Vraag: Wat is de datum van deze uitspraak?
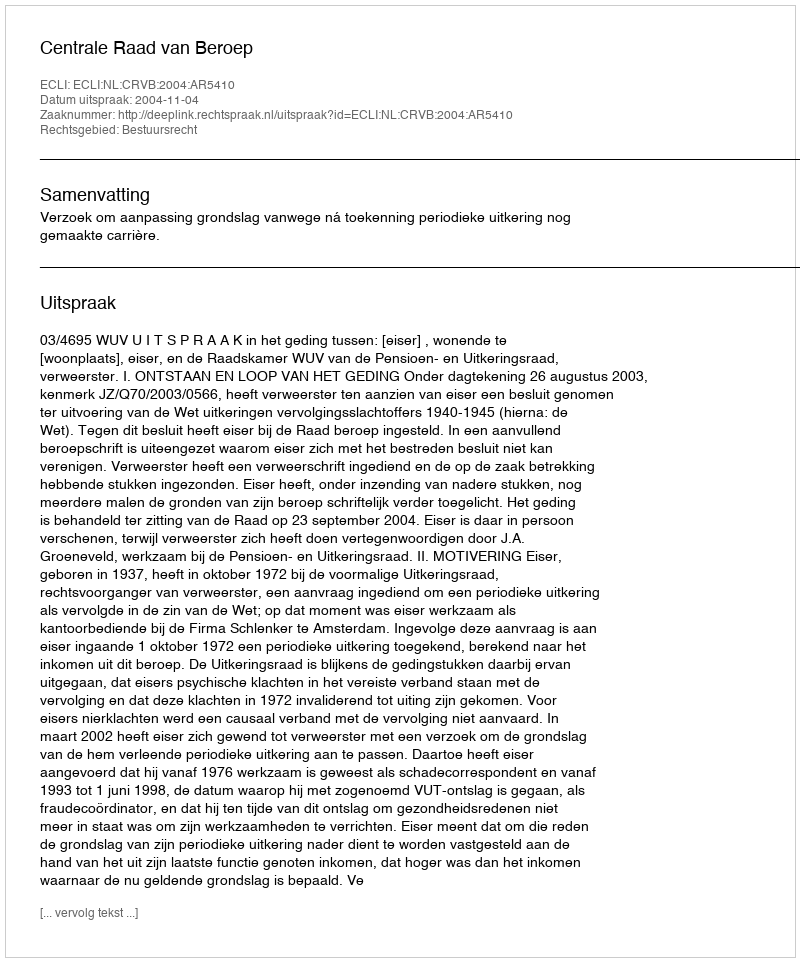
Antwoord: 2004-11-04